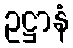
ဥဋ္ဌာနံ